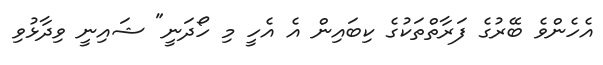
އެހެންވެ ބޭރުގެ ފަރާތްތަކުގެ ކިބައިން އެ އެހީ މި ހޯދަނީ" ޝައިނީ ވިދާޅުވި